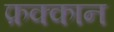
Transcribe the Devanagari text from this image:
फ़क्कान